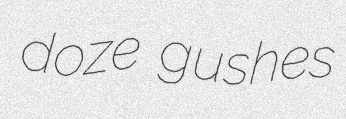
doze gushes